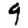
Digit: 9